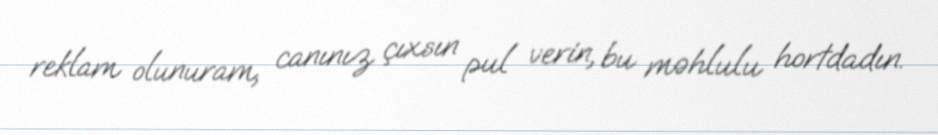
reklam olunuram, canınız çıxsın pul verin, bu məhlulu hortdadın.